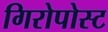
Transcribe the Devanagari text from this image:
गिरोपोस्ट